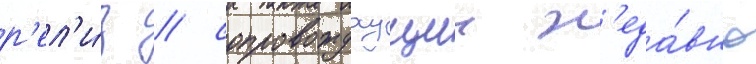
р'ел'и́з / сопровождаущии н'еда́вно